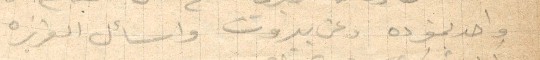
واحد يمفرده وعن بيروت واسأل العزيزه